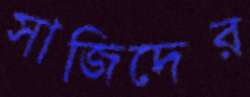
সাজিদের